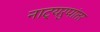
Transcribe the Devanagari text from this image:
नाट्यरुपांतर